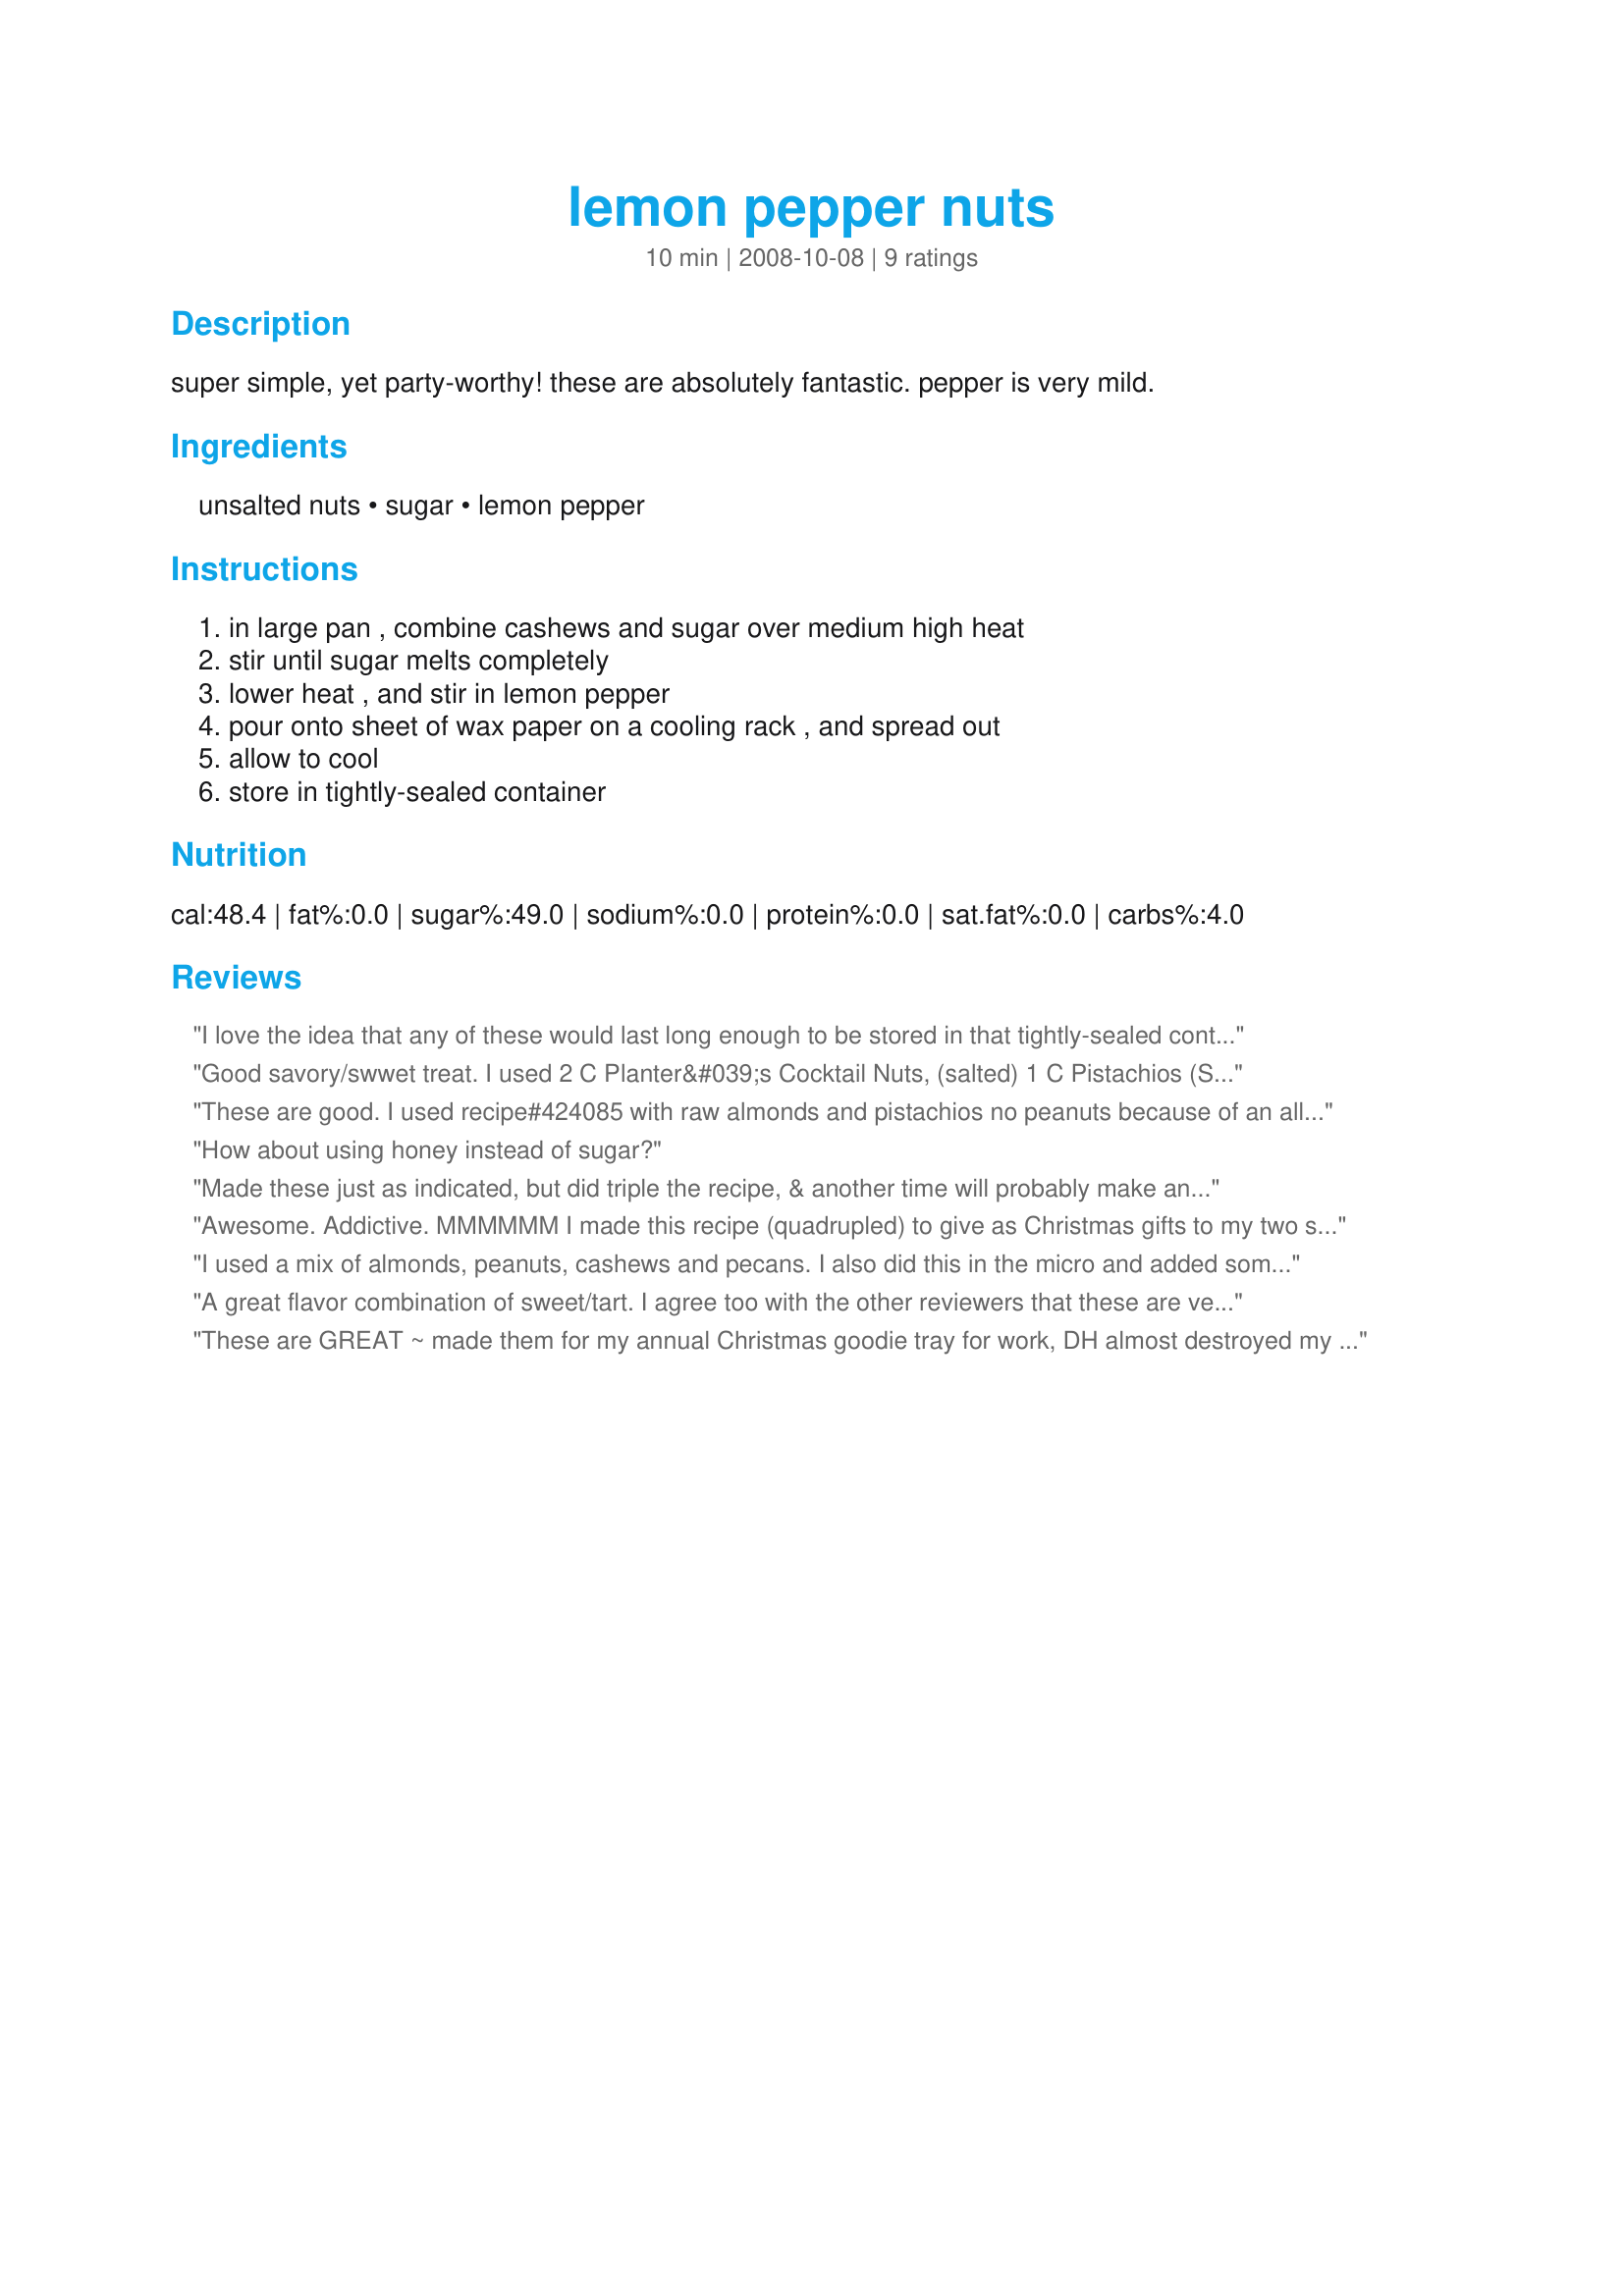
lemon pepper nuts
Preparation time: 10 minutes

super simple, yet party-worthy! these are absolutely fantastic. pepper is very mild.

Ingredients:
unsalted nuts, sugar, lemon pepper

Steps:
in large pan , combine cashews and sugar over medium high heat, stir until sugar melts completely, lower heat , and stir in lemon pepper, pour onto sheet of wax paper on a cooling rack , and spread out, allow to cool, store in tightly-sealed container

Reviews:
I love the idea that any of these would last long enough to be stored in that tightly-sealed container. These were so yummy and turned out to be rather addictive. Which makes me appreciate that the recipe makes just the right amount to share as a snack. I enjoyed the sweet heat taste that makes them perfect for serving to adult guests. Made for vegetarian tag.
Good savory/swwet treat. I used 2 C Planter&#039;s Cocktail Nuts, (salted) 1 C Pistachios (Shelled as its hard to shell them and they were salted) and 1 C Almonds (Not Salted). So I quadrupled the recipe and used an 8 qt pot. Stir and Stir and Stir until the sugar starts to brown and if you see any smoke lift from heat immediately, keep stirring and if necessary put on lower heat again to melt sugar all the way. Removed from heat and I added Lemon Pepper (I used Trader Joe&#039;s which you grind as needed) a little at a time, stirring thoroughly each time or you could get clumps of pepper stuck to the sugar in just one area. I did not have waxed paper so sprayed Pam on pans and cookie sheets and spread nuts out on that. You can&#039;t really taste the lemon but I am sure it lends itself to the taste. Whenever I use lemon pepper on meats and such I can usually taste the lemon but not so much in this. Really different and I know it would go over big at a party, picnic and Super Bowl parties especially. To clean melted sugar from pot, heat 4 cups of water to boil and put into pot and boil for a few minutes on range.
These are good. I used recipe#424085 with raw almonds and pistachios no peanuts because of an allergy. Made for Veggie Swap 26 ~ September 2010.
How about using honey instead of sugar?
Made these just as indicated, but did triple the recipe, & another time will probably make an even larger batch! Loved the combo of sugar & lemon pepper here! Definitely a keeper! [Tagged, made & reviewed in Make My Recipe]
Awesome. Addictive. MMMMMM
I made this recipe (quadrupled) to give as Christmas gifts to my two sisters. They are both eating the vegan way lately and I was in search of recipe that I could give to them. This recipe would please ANYONE. I couldn't stop sneaking tastes as the nuts were cooling! I would recommend doubling the recipe for starters. You will be glad you did. For a double recipe - I used one 11/5 oz. can of Planters mixed nuts (mine were lightly salted and it seemed to work just fine); 1/2 C. sugar and 1 T. lemon pepper (by Mrs. Dash). The recipe is perfect and soooo tasty. Thank you!
I used a mix of almonds, peanuts, cashews and pecans. I also did this in the micro and added some water to make the sugar liquefy. I popped them in the oven for about 10 minutes at 350 to get a nice crunchy crust. They set up beautifully and the pepper is very mild. I think I will add a touch more pepper next time I make these, and there will be a next time! Thanks!
A great flavor combination of sweet/tart. I agree too with the other reviewers that these are very addicting. I know it says serves 4, but really!!!!
Made for Veg-n-Swap~
These are GREAT ~ made them for my annual Christmas goodie tray for work, DH almost destroyed my plan as he wanted them ALL for himself. I used pecan halves, cashews and blanched almonds ~ YUM! Thanks JanuaryBride for sharing the recipe ~ I'll be making these again for our Christmas buffet table. Made "just because" they sounded so good :)
